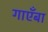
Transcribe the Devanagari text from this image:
गाएँबा